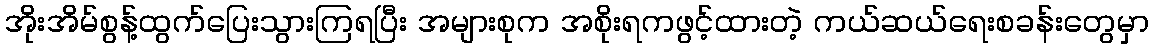
အိုးအိမ်စွန့်ထွက်ပြေးသွားကြရပြီး အများစုက အစိုးရကဖွင့်ထားတဲ့ ကယ်ဆယ်ရေးစခန်းတွေမှာ